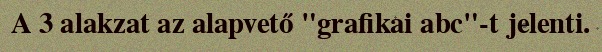
A 3 alakzat az alapvető "grafikai abc"-t jelenti.